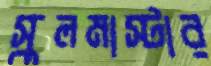
স্কুলমাস্টার